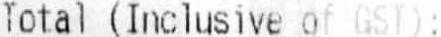
TOTAL (INCLUSIVE OF GST):